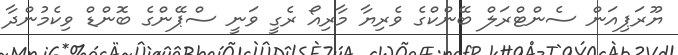
ޔޫރަޕިއަން ސެންޓްރަލް ބޭންކްގެ ވެރިޔާ މާރިއޯ ރެގީ ވަނީ ސްޕޭންގެ ބޮންޑް ވިކެމުންދާ